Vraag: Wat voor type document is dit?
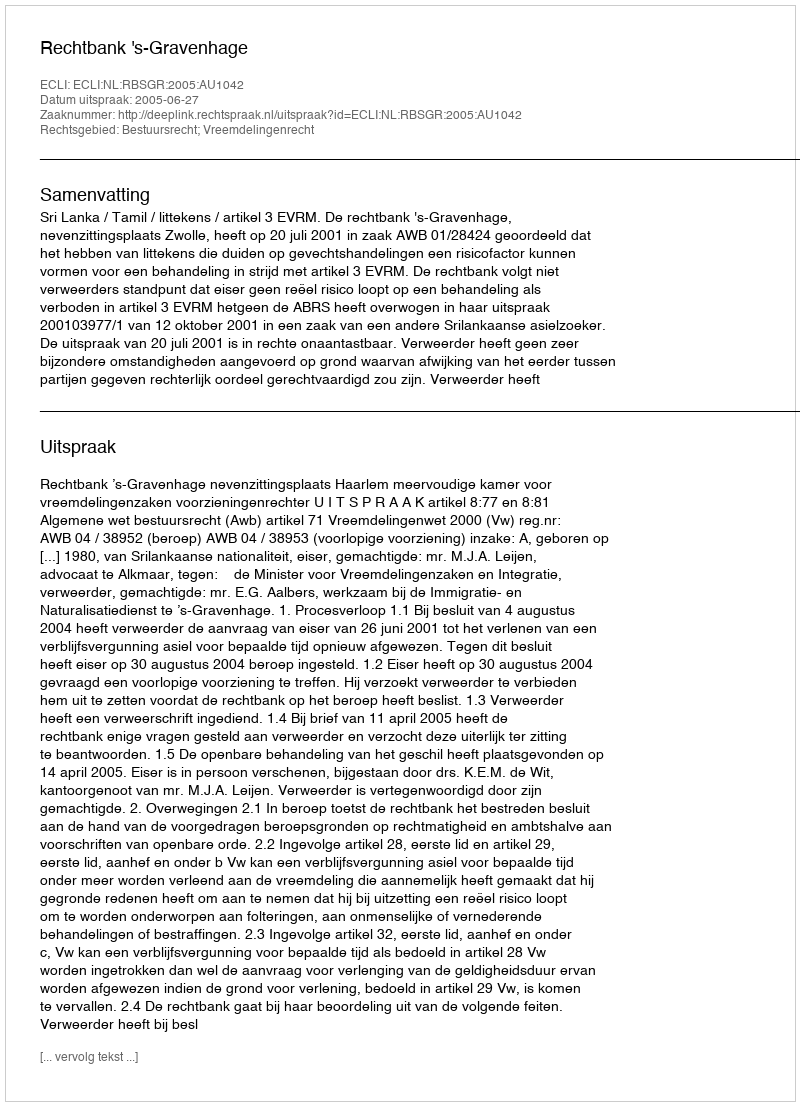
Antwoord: Uitspraak